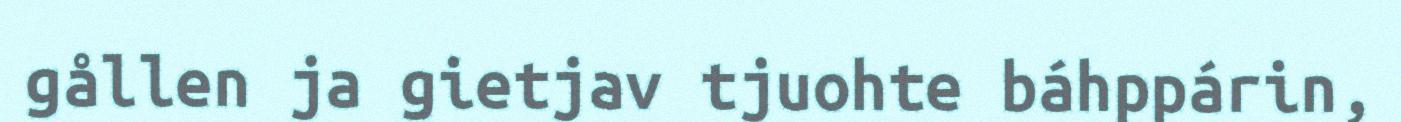
gållen ja gietjav tjuohte báhppárin,